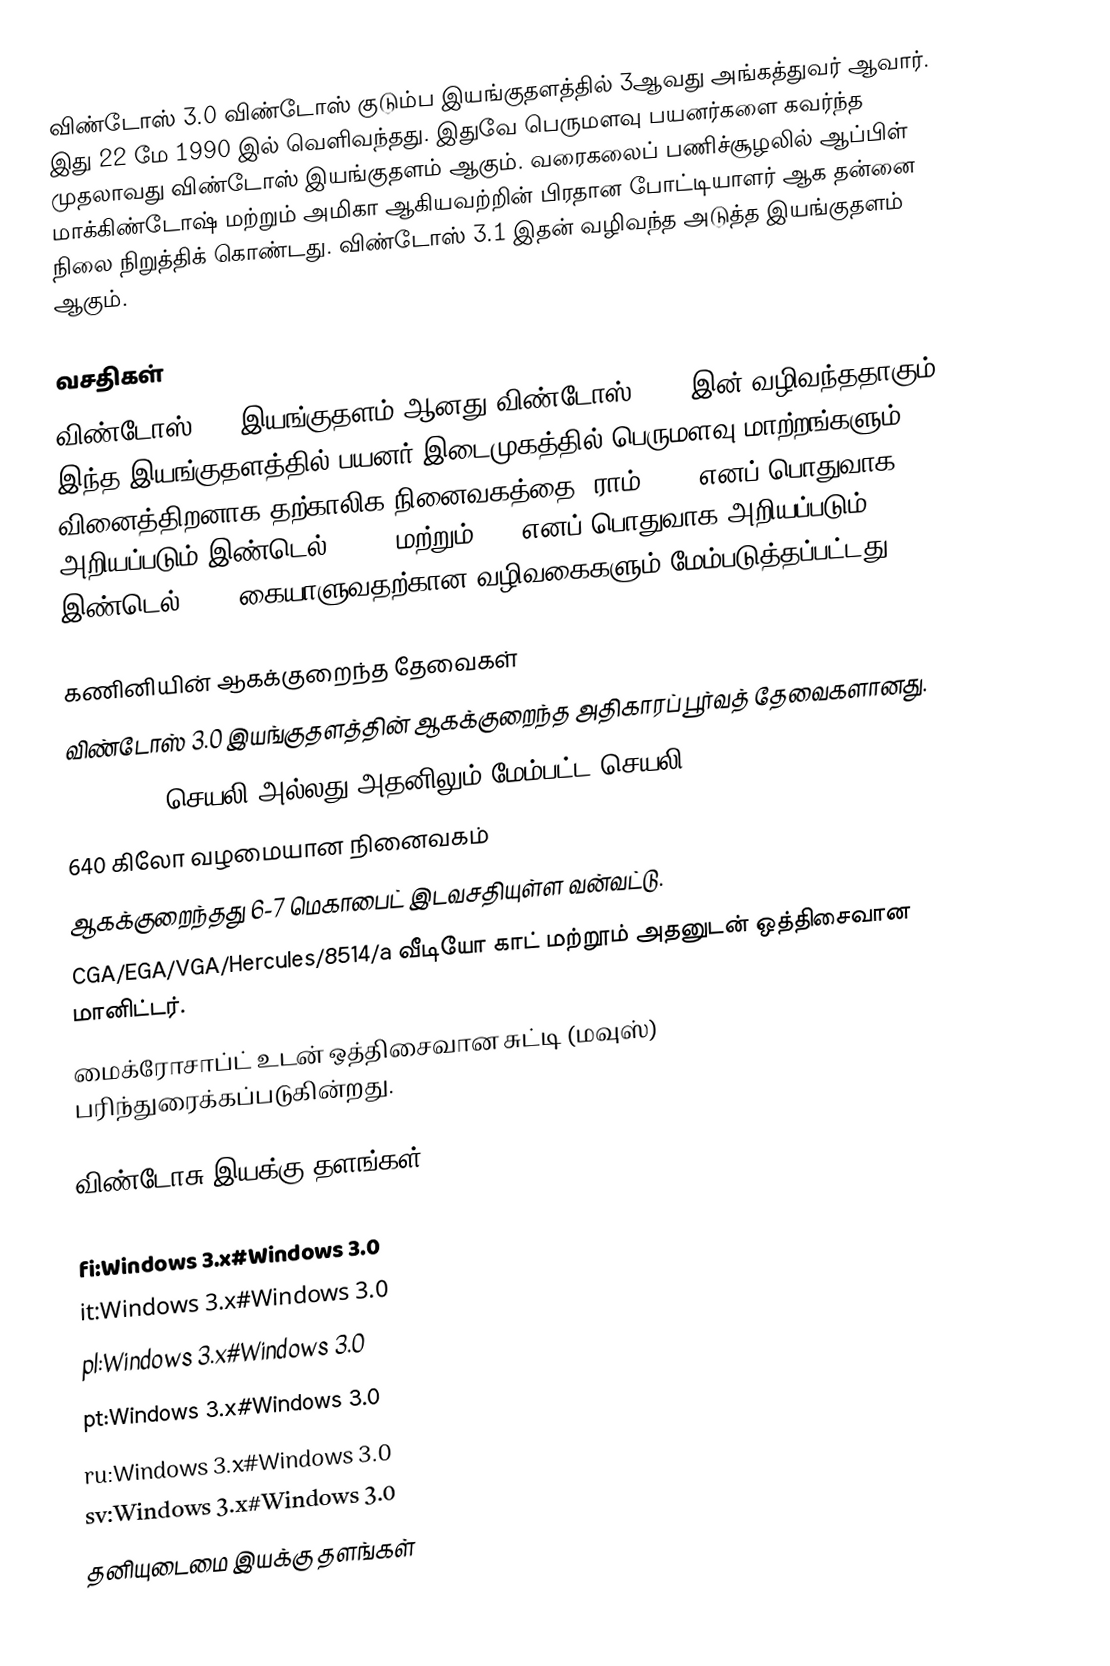
விண்டோஸ் 3.0 விண்டோஸ் குடும்ப இயங்குதளத்தில் 3ஆவது அங்கத்துவர் ஆவார். இது 22 மே 1990 இல் வெளிவந்தது. இதுவே பெருமளவு பயனர்களை கவர்ந்த முதலாவது விண்டோஸ் இயங்குதளம் ஆகும். வரைகலைப் பணிச்சூழலில் ஆப்பிள் மாக்கிண்டோஷ் மற்றும் அமிகா ஆகியவற்றின் பிரதான போட்டியாளர் ஆக தன்னை நிலை நிறுத்திக் கொண்டது. விண்டோஸ் 3.1 இதன் வழிவந்த அடுத்த இயங்குதளம் ஆகும்.

வசதிகள்
விண்டோஸ் 3.0 இயங்குதளம் ஆனது விண்டோஸ் 2.1x இன் வழிவந்ததாகும். இந்த இயங்குதளத்தில் பயனர் இடைமுகத்தில் பெருமளவு மாற்றங்களும் வினைத்திறனாக தற்காலிக நினைவகத்தை (ராம்) 286 எனப் பொதுவாக அறியப்படும் இண்டெல் 80286 மற்றும் 386 எனப் பொதுவாக அறியப்படும் இண்டெல் 386 (கையாளுவதற்கான வழிவகைகளும் மேம்படுத்தப்பட்டது.

கணினியின் ஆகக்குறைந்த தேவைகள்
விண்டோஸ் 3.0 இயங்குதளத்தின் ஆகக்குறைந்த அதிகாரப் பூர்வத் தேவைகளானது.
8086/8088 செயலி அல்லது அதனிலும் மேம்பட்ட செயலி
640 கிலோ வழமையான நினைவகம்
ஆகக்குறைந்தது 6-7 மெகாபைட் இடவசதியுள்ள வன்வட்டு.
CGA/EGA/VGA/Hercules/8514/a வீடியோ காட் மற்றூம் அதனுடன் ஒத்திசைவான மானிட்டர்.
மைக்ரோசாப்ட் உடன் ஒத்திசைவான சுட்டி (மவுஸ்) பரிந்துரைக்கப்படுகின்றது.

விண்டோசு இயக்கு தளங்கள்

fi:Windows 3.x#Windows 3.0
it:Windows 3.x#Windows 3.0
pl:Windows 3.x#Windows 3.0
pt:Windows 3.x#Windows 3.0
ru:Windows 3.x#Windows 3.0
sv:Windows 3.x#Windows 3.0
தனியுடைமை இயக்கு தளங்கள்